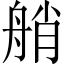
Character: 艄